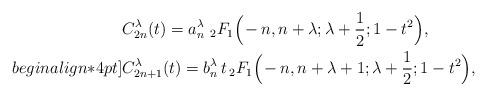
LaTeX: \begin{align*} & C_{2n}^{\lambda}(t)= a_n^{\lambda} \,\, {}_{2}F_{1}\Big(\!-n,n+\lambda;\lambda+\frac{1}{2};1-t^2\Big),\\begin{align*}4pt] & C_{2n+1}^{\lambda}(t)= b_n^{\lambda} \, t \, {}_{2}F_{1}\Big(\!-n,n+\lambda+1;\lambda+\frac{1}{2};1-t^2\Big), \end{align*}